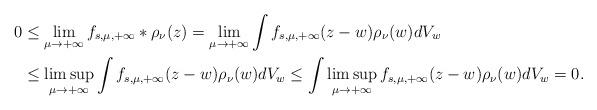
LaTeX: \begin{align*} 0&\leq\lim_{\mu\to+\infty}f_{s,\mu,+\infty}\ast\rho_\nu(z)=\lim_{\mu\to+\infty}\int f_{s,\mu,+\infty}(z-w)\rho_\nu(w)dV_w\\ &\leq\limsup_{\mu\to+\infty}\int f_{s,\mu,+\infty}(z-w)\rho_\nu(w)dV_w\leq\int\limsup_{\mu\to+\infty} f_{s,\mu,+\infty}(z-w)\rho_\nu(w)dV_w=0. \end{align*}